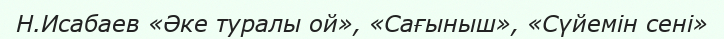
Н.Исабаев «Əке туралы ой», «Сағыныш», «Сүйемін сені»